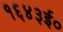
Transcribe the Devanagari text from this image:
१६४३ई०